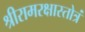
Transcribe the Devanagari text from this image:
श्रीरामरक्षास्तोत्रं